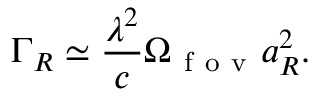
\Gamma _ { R } \simeq \frac { \lambda ^ { 2 } } { c } \Omega _ { \mathrm { ~ f ~ o ~ v ~ } } a _ { R } ^ { 2 } .